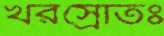
খরস্রোতঃ